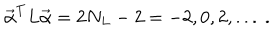
LaTeX: { \vec { \alpha } } ^ { T } L { \vec { \alpha } } = 2 N _ { L } - 2 = - 2 , 0 , 2 , . . . \ .